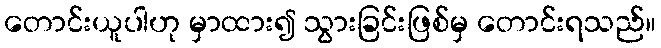
တောင်းယူပါဟု မှာထား၍ သွားခြင်းဖြစ်မှ တောင်းရသည်။